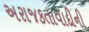
અરાજકતાવાદીની